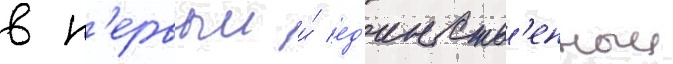
в п'ервыи и́ ед'инств'енныи